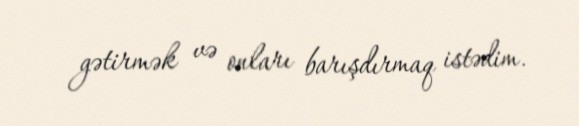
gətirmək və onları barışdırmaq istədim.